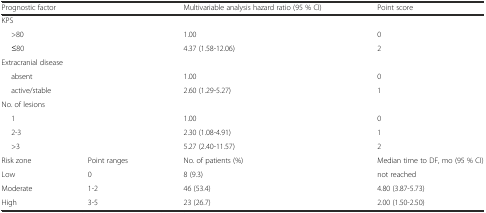
<table><thead><tr><td colspan="2"><b>Prognostic factor</b></td><td><b>Multivariable analysis hazard ratio (95 % CI)</b></td><td><b>Point score</b></td></tr></thead><tbody><tr><td colspan="2">KPS</td><td></td><td></td></tr><tr><td colspan="2">&gt;80</td><td>1.00</td><td>0</td></tr><tr><td colspan="2">≤80</td><td>4.37 (1.58-12.06)</td><td>2</td></tr><tr><td colspan="2">Extracranial disease</td><td></td><td></td></tr><tr><td colspan="2">absent</td><td>1.00</td><td>0</td></tr><tr><td colspan="2">active/stable</td><td>2.60 (1.29-5.27)</td><td>1</td></tr><tr><td colspan="2">No. of lesions</td><td></td><td></td></tr><tr><td colspan="2">1</td><td>1.00</td><td>0</td></tr><tr><td colspan="2">2-3</td><td>2.30 (1.08-4.91)</td><td>1</td></tr><tr><td colspan="2">&gt;3</td><td>5.27 (2.40-11.57)</td><td>2</td></tr><tr><td>Risk zone</td><td>Point ranges</td><td>No. of patients (%)</td><td>Median time to DF, mo (95 % CI)</td></tr><tr><td>Low</td><td>0</td><td>8 (9.3)</td><td>not reached</td></tr><tr><td>Moderate</td><td>1-2</td><td>46 (53.4)</td><td>4.80 (3.87-5.73)</td></tr><tr><td>High</td><td>3-5</td><td>23 (26.7)</td><td>2.00 (1.50-2.50)</td></tr></tbody></table>